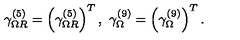
\gamma _ { \Omega R } ^ { ( 5 ) } = \left( \gamma _ { \Omega R } ^ { ( 5 ) } \right) ^ { T } , \ \gamma _ { \Omega } ^ { ( 9 ) } = \left( \gamma _ { \Omega } ^ { ( 9 ) } \right) ^ { T } .